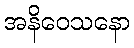
အနိဝေသနော